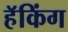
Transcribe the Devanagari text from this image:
हॅकिंग